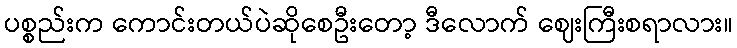
ပစ္စည်းက ကောင်းတယ်ပဲဆိုစေဦးတော့ ဒီလောက် ဈေးကြီးစရာလား။